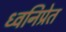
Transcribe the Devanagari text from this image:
ध्वनिप्रेत